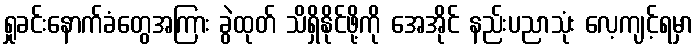
ရှုခင်းနောက်ခံတွေအကြား ခွဲထုတ် သိရှိနိုင်ဖို့ကို အေအိုင် နည်းပညာသုံး လေ့ကျင့်ရမှာ